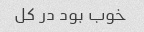
خوب بود در کل